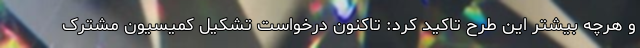
و هرچه بیشتر این طرح تاکید کرد: تاکنون درخواست تشکیل کمیسیون مشترک